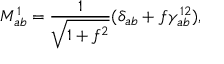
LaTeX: M _ { a b } ^ { 1 } = \frac { 1 } { \sqrt { 1 + f ^ { 2 } } } ( \delta _ { a b } + f \gamma _ { a b } ^ { 1 2 } ) ,